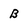
Character: B